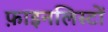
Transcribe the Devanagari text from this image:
फ़ाइनलिस्टों